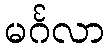
မင်္ဂလာ